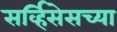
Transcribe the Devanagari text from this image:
सर्व्हिसेसच्या